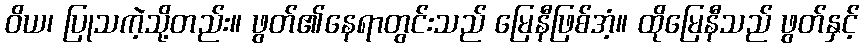
ဝိယ၊ ပြုသကဲ့သို့တည်း။ ဖွတ်၏နေရာတွင်းသည် မြေနီဖြစ်အံ့။ ထိုမြေနီသည် ဖွတ်နှင့်